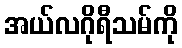
အယ်လဂိုရီသမ်ကို